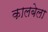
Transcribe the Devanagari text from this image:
कालबेला